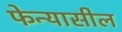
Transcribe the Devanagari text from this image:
फेन्यासील